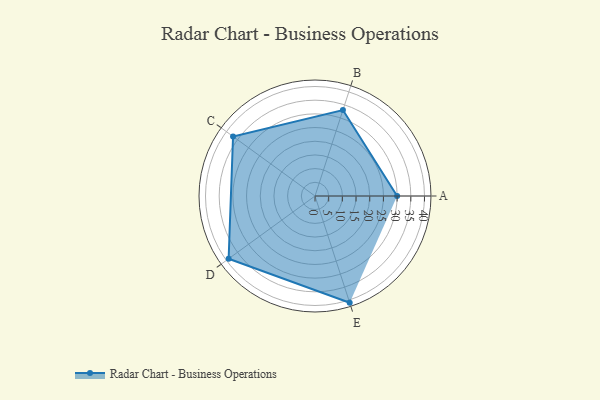
{"axis": {"x": "Skill", "y": "Score"}, "legend": ["Profile"], "data": [{"x": "A", "y": 30.0, "type": "Profile"}, {"x": "B", "y": 33.0, "type": "Profile"}, {"x": "C", "y": 37.0, "type": "Profile"}, {"x": "D", "y": 39.0, "type": "Profile"}, {"x": "E", "y": 41.0, "type": "Profile"}]}